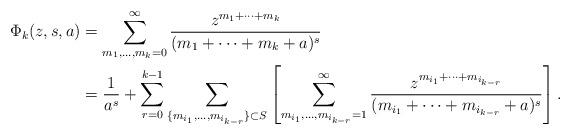
LaTeX: \begin{align*}\begin{aligned}\Phi_k(z,s,a)&=\sum_{m_1,\ldots,m_k=0}^\infty\frac{z^{m_1+\dots+m_k}}{(m_1+\dots+m_k+a)^{s}} \\&=\frac1{a^s}+\sum_{r=0}^{k-1}\sum_{\{m_{i_1},\ldots,m_{i_{k-r}}\}\subset S}\left[\sum_{m_{i_1},\ldots,m_{i_{k-r}}=1}^\infty\frac{z^{m_{i_1}+\cdots+m_{i_{k-r}}}}{(m_{i_1}+\cdots+m_{i_{k-r}}+a)^{s}}\right].\end{aligned}\end{align*}